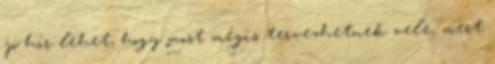
jó hír lehet, hogy most mégis tervezhetnek vele, mert